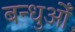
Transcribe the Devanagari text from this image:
बन्धुओँ